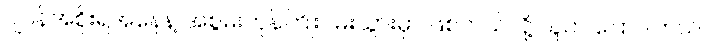
ဂျပန်အစိုးရအနေနဲ့ အစွမ်းကုန်ကြိုးပမ်းသွားမှာ ဖြစ်တယ်လို့ သူက ပြောပါတယ်။